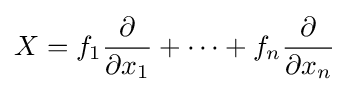
X=f_{1}{\frac {\partial }{\partial x_{1}}}+\cdots +f_{n}{\frac {\partial }{\partial x_{n}}}